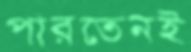
পারতেনই